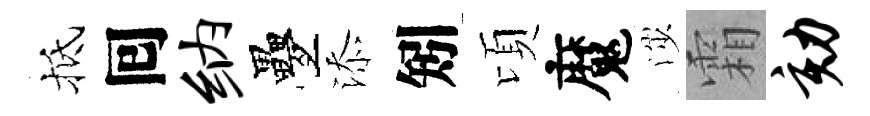
抵囘纳疊添矧頃魔渉霜劾